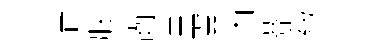
清胠齒卓翼內莾紛